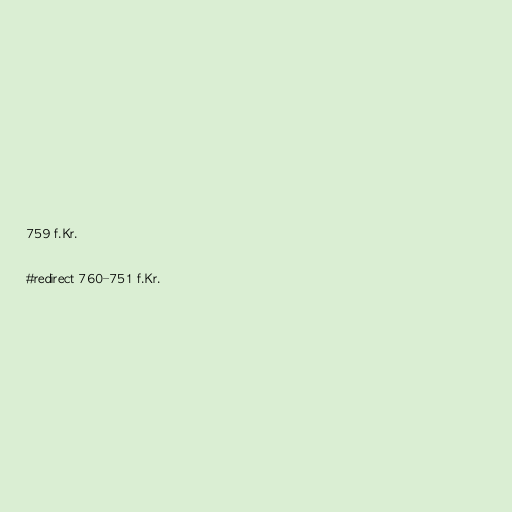
759 f.Kr.

#redirect 760–751 f.Kr.